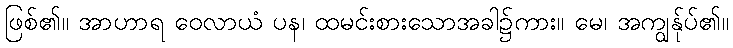
ဖြစ်၏။ အာဟာရ ဝေလာယံ ပန၊ ထမင်းစားသောအခါ၌ကား။ မေ၊ အကျွန်ုပ်၏။